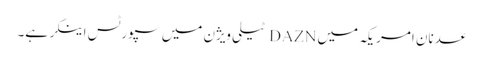
عدنان امر یکہ میں DAZN ٹیلی ویژن میں سپورٹس اینکر ہے۔